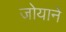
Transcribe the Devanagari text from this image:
जोयाने